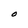
Character: O